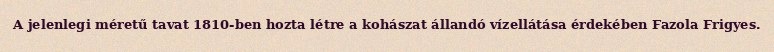
A jelenlegi méretű tavat 1810-ben hozta létre a kohászat állandó vízellátása érdekében Fazola Frigyes.